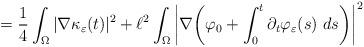
LaTeX: \begin{align*} = \frac{1}{4} \int_{\Omega} |\nabla \kappa_{\varepsilon} (t) |^2 + \ell^2 \int_{\Omega} \bigg| \nabla \bigg( \varphi_0 + \int_0^t \partial_t \varphi_{\varepsilon}(s) \ ds \bigg) \bigg|^2\end{align*}